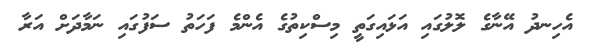
އެހިނދު އޭނާގެ ލޮލުގައި އަޅައިގަތީ މިސްކިތުގެ އެންމެ ފަހަތު ސަފުގައި ނަމާދަށް އަރާ